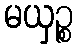
မယှဉ္စ